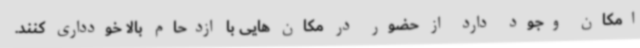
امکان وجود دارد از حضور در مکان هایی با ازدحام بالا خودداری کنند.